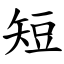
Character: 短